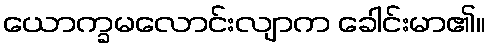
ယောက္ခမလောင်းလျာက ခေါင်းမာ၏။